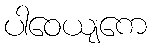
ပါဝေယျကေ